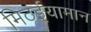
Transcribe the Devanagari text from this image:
मिठईयामान